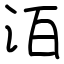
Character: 洦